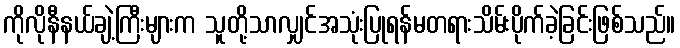
ကိုလိုနီနယ်ချဲ့ကြီးများက သူတို့သာလျှင်အသုံးပြုရန်မတရားသိမ်းပိုက်ခဲ့ခြင်းဖြစ်သည်။